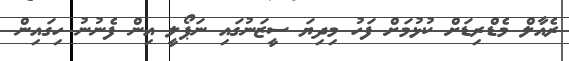
ރެއާލް މެޑްރިޑަށް ކުޅުމަށް ފަހު މިދިޔަ ސީޒަނުގައި ނަޕޯލީ އިން ފެނުނު ހިގައިން